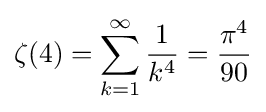
\zeta (4)=\sum _{k=1}^{\infty }{\frac {1}{k^{4}}}={\frac {\pi ^{4}}{90}}